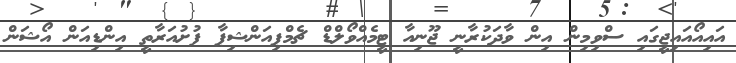
އައިއޯއައިޖީގައި ސްވިމިން އިން ވާދަކުރާނީ ޖޫނިއާ ޓީމެއްވޯލްޑް ޗެމްޕިއަންޝިޕާ ފުށުއަރާތީ އިންޑިއަން އޯޝަން